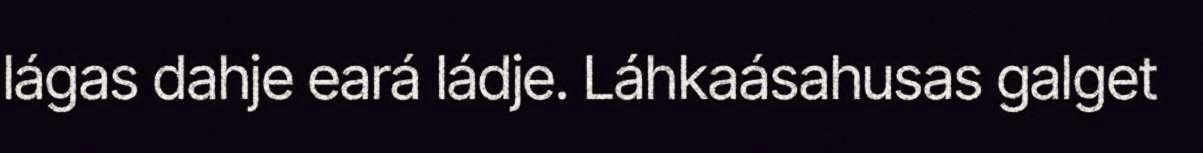
lágas dahje eará ládje. Láhkaásahusas galget